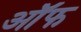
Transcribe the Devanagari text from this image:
ऑॅफ